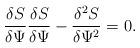
LaTeX: \begin{align*}\frac{\delta S}{\delta \Psi}\frac{\delta S}{\delta \Psi} -\frac{\delta^2 S}{\delta \Psi^2} = 0. \end{align*}